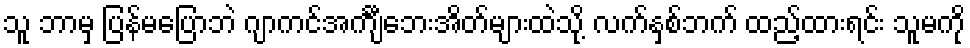
သူ ဘာမှ ပြန်မပြောဘဲ ဂျာကင်အင်္ကျီဘေးအိတ်များထဲသို့ လက်နှစ်ဘက် ထည့်ထားရင်း သူမကို